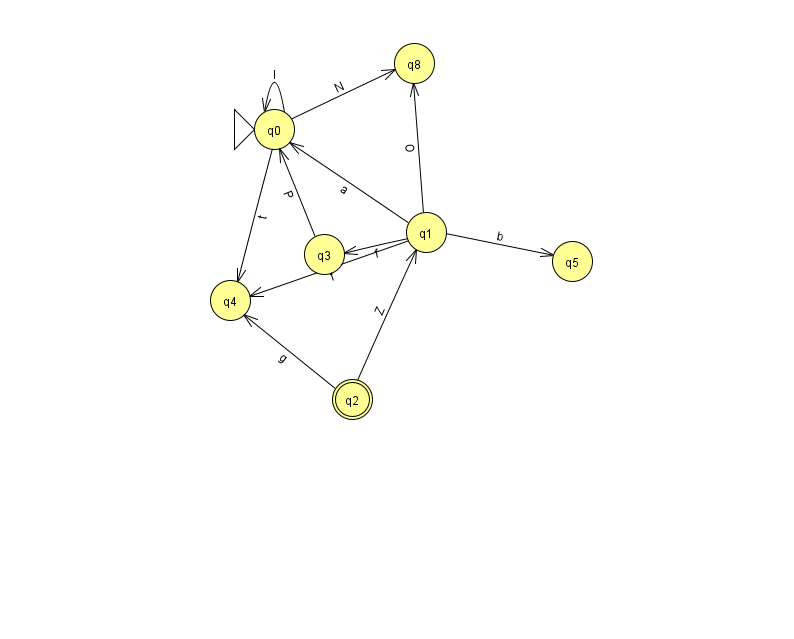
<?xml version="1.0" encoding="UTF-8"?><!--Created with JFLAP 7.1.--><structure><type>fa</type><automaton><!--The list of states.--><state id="0" name="q0"><x>274.0</x><y>116.0</y><initial/></state><state id="1" name="q1"><x>426.0</x><y>219.0</y></state><state id="2" name="q2"><x>352.0</x><y>386.0</y><final/></state><state id="3" name="q3"><x>324.0</x><y>241.0</y></state><state id="4" name="q4"><x>230.0</x><y>287.0</y></state><state id="5" name="q5"><x>572.0</x><y>248.0</y></state><state id="8" name="q8"><x>414.0</x><y>50.0</y></state><!--The list of transitions.--><transition><from>0</from><to>8</to><read>N</read></transition><transition><from>2</from><to>4</to><read>g</read></transition><transition><from>0</from><to>4</to><read>t</read></transition><transition><from>1</from><to>3</to><read>f</read></transition><transition><from>2</from><to>1</to><read>Z</read></transition><transition><from>0</from><to>0</to><read>I</read></transition><transition><from>1</from><to>5</to><read>b</read></transition><transition><from>3</from><to>0</to><read>P</read></transition><transition><from>1</from><to>0</to><read>a</read></transition><transition><from>1</from><to>4</to><read>f</read></transition><transition><from>1</from><to>8</to><read>O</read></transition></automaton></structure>